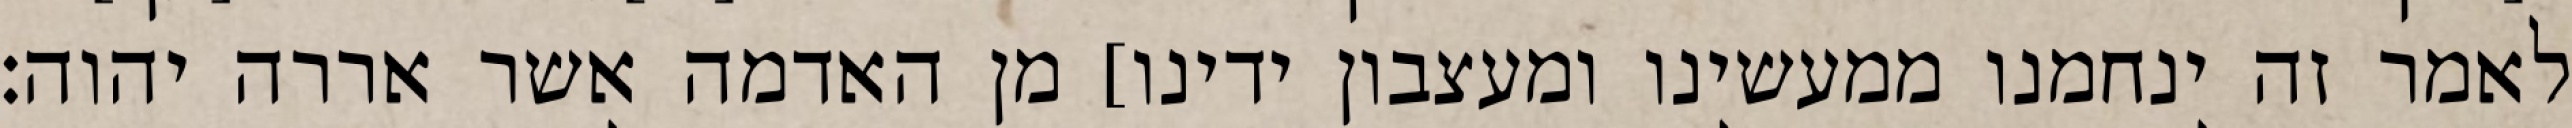
לאמר זה ינחמנו ממעשינו ומעצבון ידינו] מן האדמה אשר אררה יהוה׃